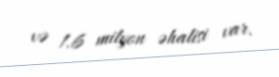
və 1.6 milyon əhalisi var.